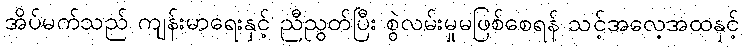
အိပ်မက်သည် ကျန်းမာရေးနှင့် ညီညွတ်ပြီး စွဲလမ်းမှုမဖြစ်စေရန် သင့်အလေ့အထနှင့်